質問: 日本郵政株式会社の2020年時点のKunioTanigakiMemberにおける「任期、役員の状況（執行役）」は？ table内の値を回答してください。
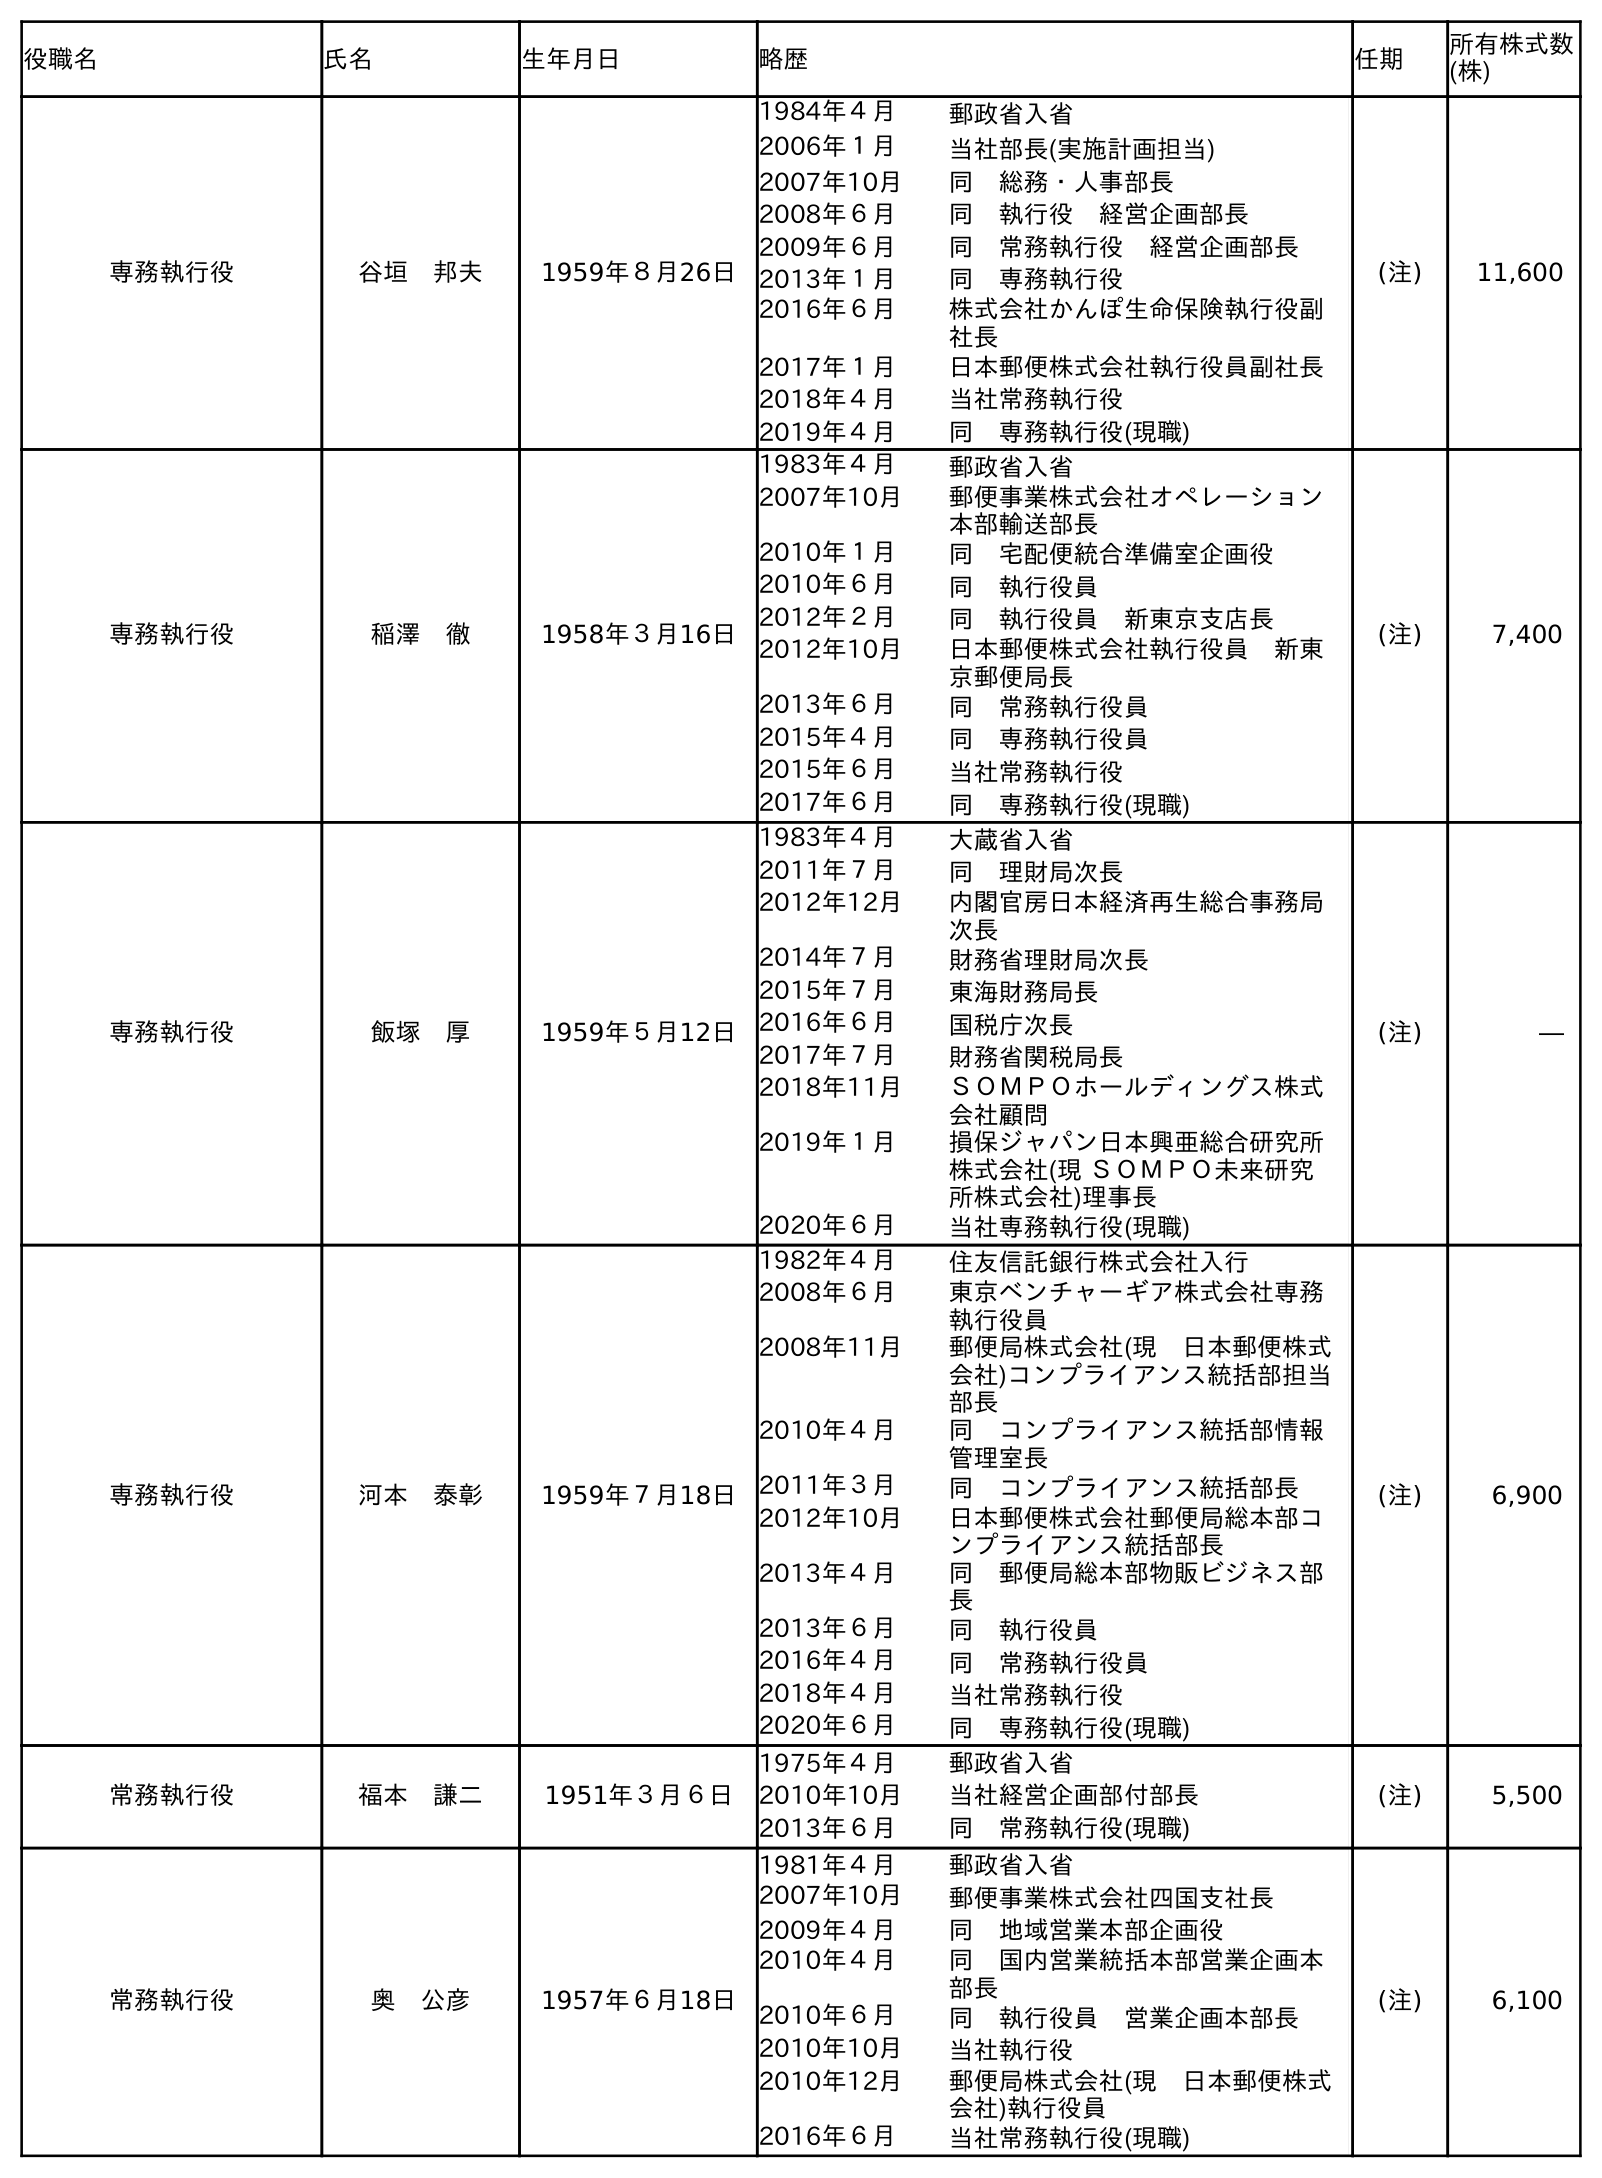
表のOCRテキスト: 役職名 氏名 生年月日 略歴 任期 所有株式数 (株) 専務執行役 谷垣 邦夫 1959年８月26日 1984年４月 郵政省入省 2006年１月 当社部長(実施計画担当) 2007年10月 同 総務・人事部長 2008年６月 同 執行役 経営企画部長 2009年６月 同 常務執行役 経営企画部長 2013年１月 同 専務執行役 2016年６月 株式会社かんぽ生命保険執行役副 社長 2017年１月 日本郵便株式会社執行役員副社長 2018年４月 当社常務執行役 2019年４月 同 専務執行役(現職) (注) 11,600 専務執行役 稲澤 徹 1958年３月16日 1983年４月 郵政省入省 2007年10月 郵便事業株式会社オペレーション 本部輸送部長 2010年１月 同 宅配便統合準備室企画役 2010年６月 同 執行役員 2012年２月 同 執行役員 新東京支店長 2012年10月 日本郵便株式会社執行役員 新東 京郵便局長 2013年６月 同 常務執行役員 2015年４月 同 専務執行役員 2015年６月 当社常務執行役 2017年６月 同 専務執行役(現職) (注) 7,400 専務執行役 飯塚 厚 1959年５月12日 1983年４月 大蔵省入省 2011年７月 同 理財局次長 2012年12月 内閣官房日本経済再生総合事務局 次長 2014年７月 財務省理財局次長 2015年７月 東海財務局長 2016年６月 国税庁次長 2017年７月 財務省関税局長 2018年11月 ＳＯＭＰＯホールディングス株式 会社顧問 2019年１月 損保ジャパン日本興亜総合研究所 株式会社(現 ＳＯＭＰＯ未来研究 所株式会社)理事長 2020年６月 当社専務執行役(現職) (注) ― 専務執行役 河本 泰彰 1959年７月18日 1982年４月 住友信託銀行株式会社入行 2008年６月 東京ベンチャーギア株式会社専務 執行役員 2008年11月 郵便局株式会社(現 日本郵便株式 会社)コンプライアンス統括部担当 部長 2010年４月 同 コンプライアンス統括部情報 管理室長 2011年３月 同 コンプライアンス統括部長 2012年10月 日本郵便株式会社郵便局総本部コ ンプライアンス統括部長 2013年４月 同 郵便局総本部物販ビジネス部 長 2013年６月 同 執行役員 2016年４月 同 常務執行役員 2018年４月 当社常務執行役 2020年６月 同 専務執行役(現職) (注) 6,900 常務執行役 福本 謙二 1951年３月６日 1975年４月 郵政省入省 2010年10月 当社経営企画部付部長 2013年６月 同 常務執行役(現職) (注) 5,500 常務執行役 奥 公彦 1957年６月18日 1981年４月 郵政省入省 2007年10月 郵便事業株式会社四国支社長 2009年４月 同 地域営業本部企画役 2010年４月 同 国内営業統括本部営業企画本 部長 2010年６月 同 執行役員 営業企画本部長 2010年10月 当社執行役 2010年12月 郵便局株式会社(現 日本郵便株式 会社)執行役員 2016年６月 当社常務執行役(現職) (注) 6,100
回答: (注)